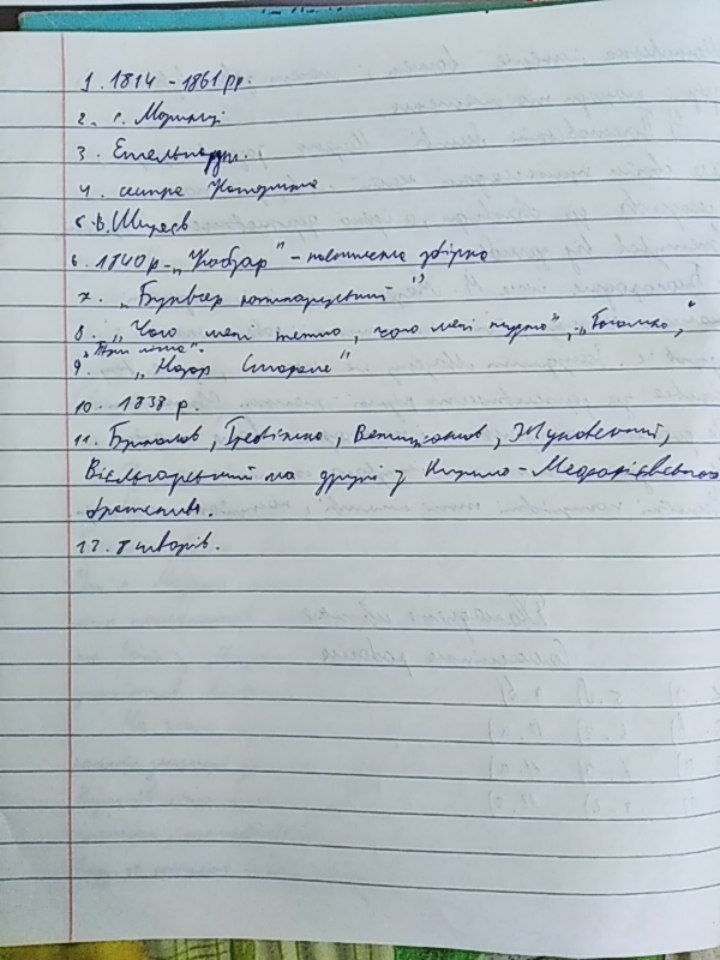
1. 1814 - 1861 pp.
2. с. Моринці.
3. Етельгардт.
4. сестре Катерине
5. В. Ширяєв
6. 1840 р - "Кобзар" - поєтична збірка
7. "Буквар южноруський"
8. "Чого мені тяжко, чого мені нудно", " [Illegible],"
"Три літа"
9. "Назар Стодоля"
10. 1838 p.
11. Брюлов, Гребінка, Венеціанов, Жуковський,
Вієльгорський та друзі з Кирило-Мефодфївського
братства.
12. 8 творів